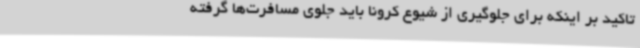
تاکید بر اینکه برای جلوگیری از شیوع کرونا باید جلوی مسافرت‌ها گرفته